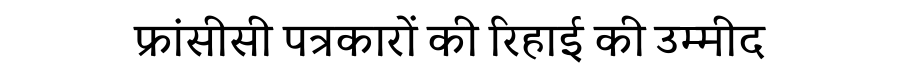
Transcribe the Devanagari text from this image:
फ्रांसीसी पत्रकारों की रिहाई की उम्मीद